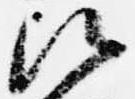
次